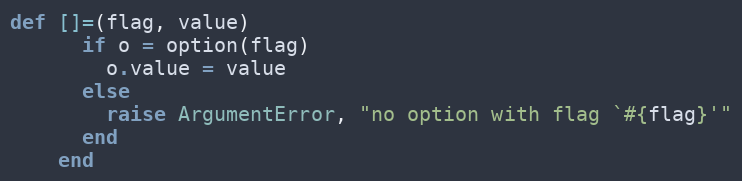
Language: Ruby
def []=(flag, value)
      if o = option(flag)
        o.value = value
      else
        raise ArgumentError, "no option with flag `#{flag}'"
      end
    end